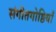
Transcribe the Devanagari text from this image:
संगीतगोष्ठियाँ